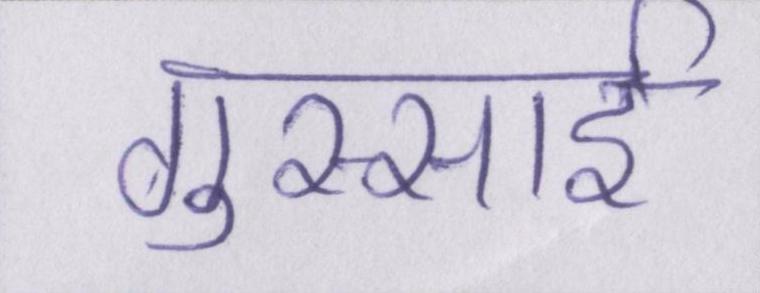
गुस्साई